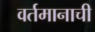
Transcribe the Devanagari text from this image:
वर्तमानाची